Vaccination North-Western Provinces and Oudh 1896-1901 - 1896-1901
Year: 1896
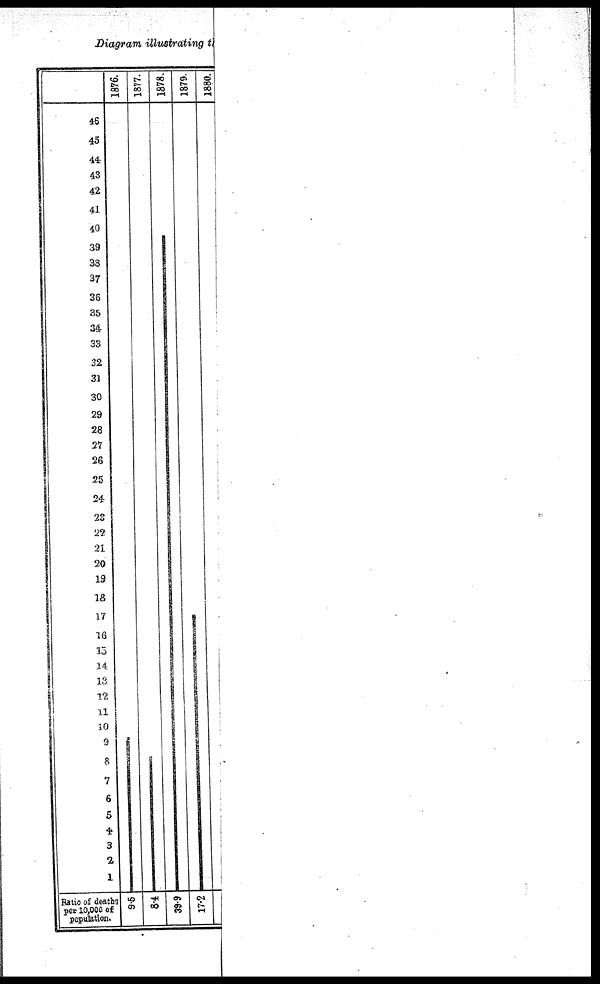
Diagram illustrating t